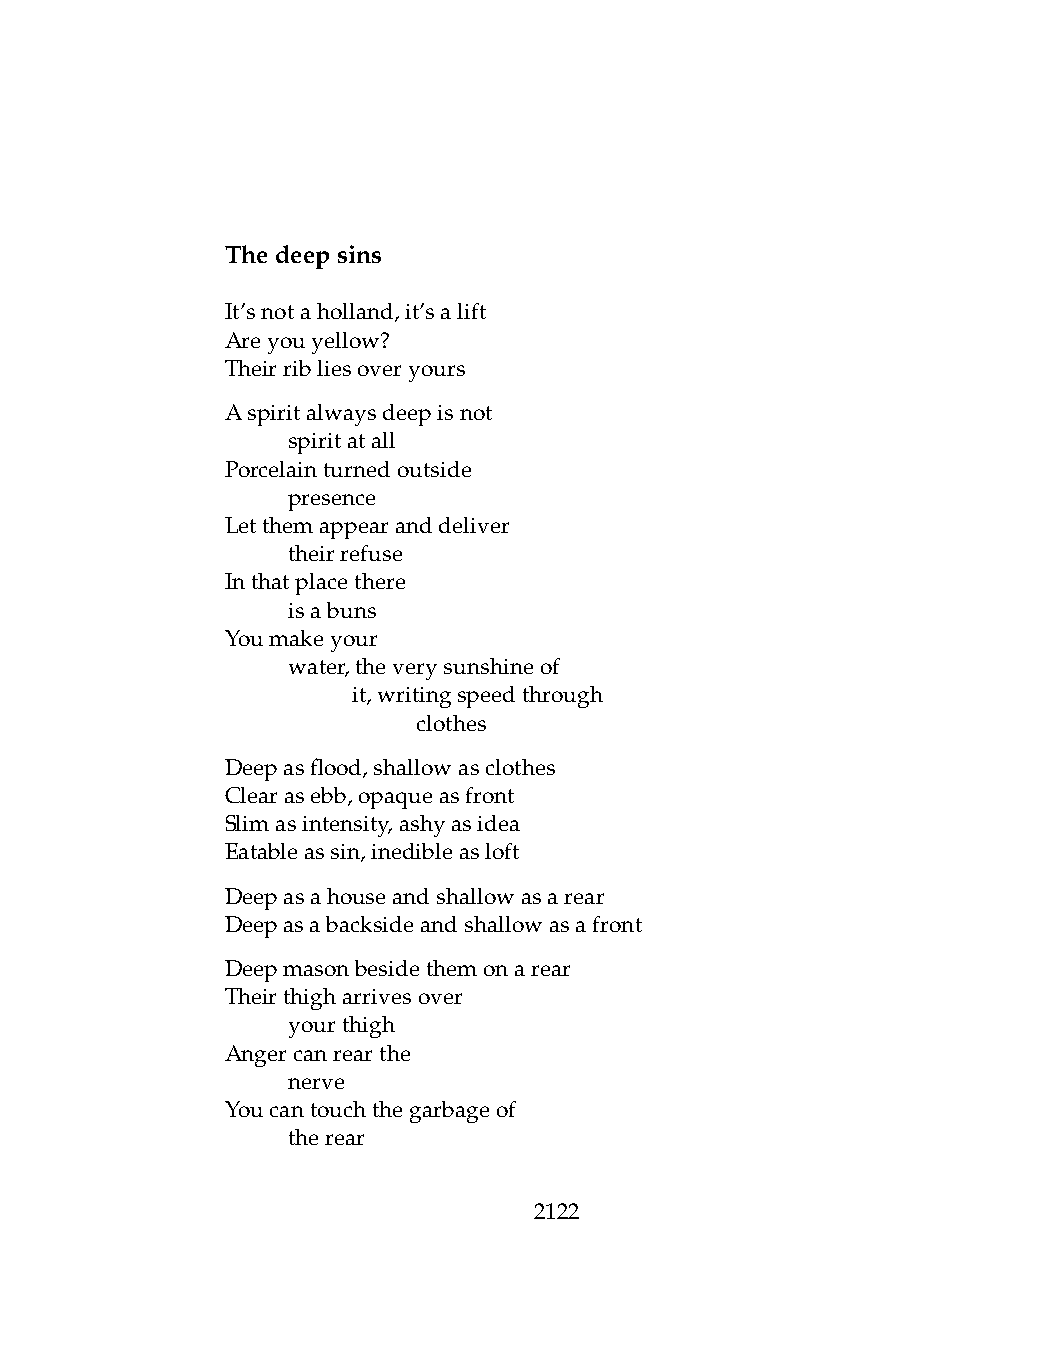
Thedeepsins
 It’snotaholland,it’salift
 Areyouyellow?
 Theirribliesoveryours
 Aspiritalwaysdeepisnot
 .   spiritatall
 Porcelainturnedoutside
 .   presence
 Letthemappearanddeliver
 .   theirrefuse
 Inthatplacethere
 .   isabuns
 Youmakeyour
 .   water,theverysunshineof
 .   .   it,writingspeedthrough
 .   .   .    clothes
 Deepasflood,shallowasclothes
 Clearasebb,opaqueasfront
 Slimasintensity,ashyasidea
 Eatableassin,inedibleasloft
 Deepasahouseandshallowasarear
 Deepasabacksideandshallowasafront
 Deepmasonbesidethemonarear
 Theirthigharrivesover
 .   yourthigh
 Angercanrearthe
 .   nerve
 Youcantouchthegarbageof
 .   therear
 2122